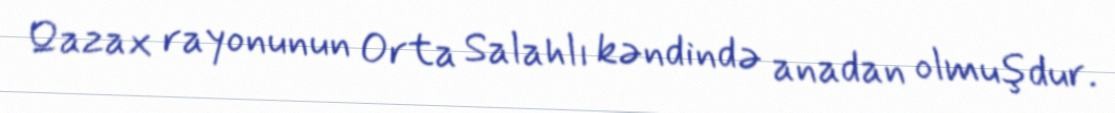
Qazax rayonunun Orta Salahlı kəndində anadan olmuşdur.